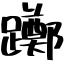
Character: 躑